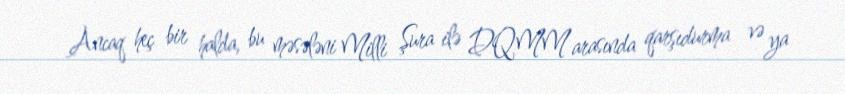
Ancaq heç bir halda, bu məsələni Milli Şura ilə DQMM arasında qarşıdurma və ya